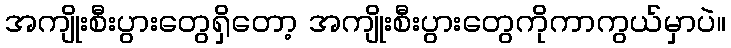
အကျိုးစီးပွားတွေရှိတော့ အကျိုးစီးပွားတွေကိုကာကွယ်မှာပဲ။